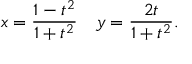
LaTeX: x = { \frac { 1 - t ^ { 2 } } { 1 + t ^ { 2 } } } \quad y = { \frac { 2 t } { 1 + t ^ { 2 } } } .